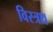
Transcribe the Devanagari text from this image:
विस्त्रथ